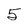
Character: 5